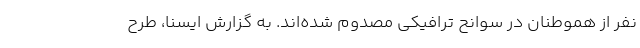
نفر از هموطنان در سوانح ترافیکی مصدوم شده‌اند. به گزارش ایسنا، طرح